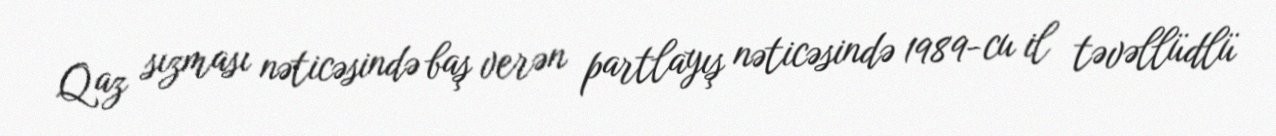
Qaz sızması nəticəsində baş verən partlayış nəticəsində 1989-cu il təvəllüdlü